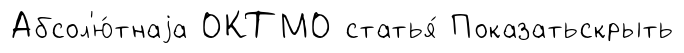
Абсол'ю́тнаjа ОКТМО статья́ Показатьскрыть